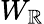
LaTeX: W_{\mathbb{R}}